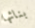
بنائها